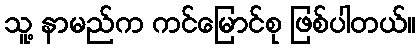
သူ့ နာမည်က ကင်မြောင်စု ဖြစ်ပါတယ်။